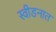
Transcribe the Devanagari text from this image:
स्वीडनात